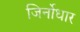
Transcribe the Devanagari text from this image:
जिर्नोधार